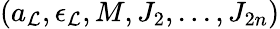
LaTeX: (a_{\cal L},\epsilon_{\cal L},M,J_{2},...,J_{2n})